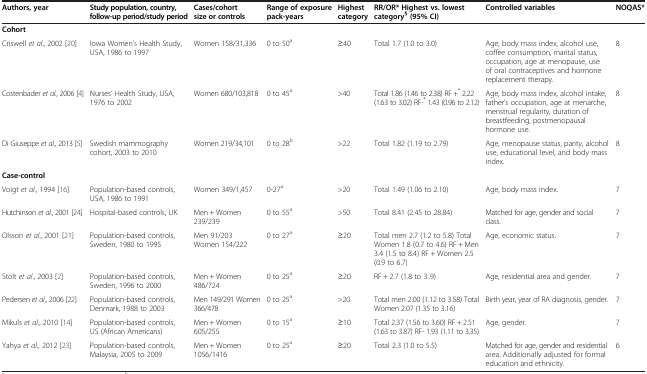
<table><thead><tr><td><b>Authors, year</b></td><td><b>Study population, country, follow-up period/study period</b></td><td><b>Cases/cohort size or controls</b></td><td><b>Range of exposure pack-years</b></td><td><b>Highest category</b></td><td><b>RR/OR* Highest vs. lowest category<sup>§ </sup>(95% CI)</b></td><td><b>Controlled variables</b></td><td><b>NOQAS*</b></td></tr></thead><tbody><tr><td><b>Cohort</b></td><td>[EMPTY_CELL]</td><td>[EMPTY_CELL]</td><td>[EMPTY_CELL]</td><td>[EMPTY_CELL]</td><td>[EMPTY_CELL]</td><td>[EMPTY_CELL]</td><td>[EMPTY_CELL]</td></tr><tr><td>Criswell <i>et al</i>., 2002 [20]</td><td>Iowa Women’s Health Study, USA, 1986 to 1997</td><td>Women 158/31,336</td><td>0 to 50<sup>a</sup></td><td>≥40</td><td>Total 1.7 (1.0 to 3.0)</td><td>Age, body mass index, alcohol use, coffee consumption, marital status, occupation, age at menopause, use of oral contraceptives and hormone replacement therapy.</td><td>8</td></tr><tr><td>Costenbader <i>et al</i>., 2006 [4]</td><td>Nurses’ Health Study, USA, 1976 to 2002</td><td>Women 680/103,818</td><td>0 to 45<sup>a</sup></td><td>&gt;40</td><td>Total 1.86 (1.46 to 2.38) RF +<sup>*</sup> 2.22 (1.63 to 3.02) RF-<sup>*</sup> 1.43 (0.96 to 2.12)</td><td>Age, body mass index, alcohol intake, father’s occupation, age at menarche, menstrual regularity, duration of breastfeeding, postmenopausal hormone use.</td><td>8</td></tr><tr><td>Di Giuseppe <i>et al</i>., 2013 [5]</td><td>Swedish mammography cohort, 2003 to 2010</td><td>Women 219/34,101</td><td>0 to 28<sup>b</sup></td><td>&gt;22</td><td>Total 1.82 (1.19 to 2.79)</td><td>Age, menopause status, parity, alcohol use, educational level, and body mass index.</td><td>8</td></tr><tr><td><b>Case-control</b></td><td>[EMPTY_CELL]</td><td>[EMPTY_CELL]</td><td>[EMPTY_CELL]</td><td>[EMPTY_CELL]</td><td>[EMPTY_CELL]</td><td>[EMPTY_CELL]</td><td>[EMPTY_CELL]</td></tr><tr><td>Voigt <i>et al</i>., 1994 [16]</td><td>Population-based controls, USA, 1986 to 1991</td><td>Women 349/1,457</td><td>0-27<sup>a</sup></td><td>&gt;20</td><td>Total 1.49 (1.06 to 2.10)</td><td>Age, body mass index.</td><td>7</td></tr><tr><td>Hutchinson <i>et al</i>., 2001 [24]</td><td>Hospital-based controls, UK</td><td>Men + Women 239/239</td><td>0 to 55<sup>a</sup></td><td>&gt;50</td><td>Total 8.41 (2.45 to 28.84)</td><td>Matched for age, gender and social class.</td><td>7</td></tr><tr><td>Olsson <i>et al</i>., 2001 [21]</td><td>Population-based controls, Sweden, 1980 to 1995</td><td>Men 91/203 Women 154/222</td><td>0 to 27<sup>a</sup></td><td>≥20</td><td>Total men 2.7 (1.2 to 5.8) Total Women 1.8 (0.7 to 4.6) RF + Men 3.4 (1.5 to 8.4) RF + Women 2.5 (0.9 to 6.7)</td><td>Age, economic status.</td><td>7</td></tr><tr><td>Stolt <i>et al</i>., 2003 [2]</td><td>Population-based controls, Sweden, 1996 to 2000</td><td>Men + Women 486/724</td><td>0 to 25<sup>a</sup></td><td>≥20</td><td>RF + 2.7 (1.8 to 3..9)</td><td>Age, residential area and gender.</td><td>7</td></tr><tr><td>Pedersen <i>et al</i>., 2006 [22]</td><td>Population-based controls, Denmark, 1988 to 2003</td><td>Men 149/291 Women 366/478</td><td>0 to 25<sup>a</sup></td><td>&gt;20</td><td>Total men 2.00 (1.12 to 3.58) Total Women 2.07 (1.35 to 3.16)</td><td>Birth year, year of RA diagnosis, gender.</td><td>7</td></tr><tr><td>Mikuls <i>et al</i>., 2010 [14]</td><td>Population-based controls, US (African Americans)</td><td>Men + Women 605/255</td><td>0 to 15<sup>a</sup></td><td>≥10</td><td>Total 2.37 (1.56 to 3.60) RF + 2.51 (1.63 to 3.87) RF- 1.93 (1.11 to 3.35)</td><td>Age, gender.</td><td>7</td></tr><tr><td>Yahya <i>et al</i>., 2012 [23]</td><td>Population-based controls, Malaysia, 2005 to 2009</td><td>Men + Women 1056/1416</td><td>0 to 25<sup>a</sup></td><td>≥20</td><td>Total 2.3 (1.0 to 5.5)</td><td>Matched for age, gender and residential area. Additionally adjusted for formal education and ethnicity.</td><td>6</td></tr></tbody></table>